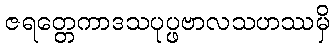
ဇရတ္တေကာဒသပုပ္ဖဗာလသဟဿမှိ